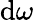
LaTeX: \mathrm{d}\omega